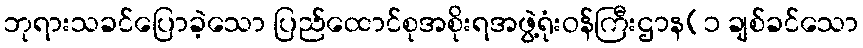
ဘုရားသခင်ပြောခဲ့သော ပြည်ထောင်စုအစိုးရအဖွဲ့ရုံးဝန်ကြီးဌာန(၁ ချစ်ခင်သော